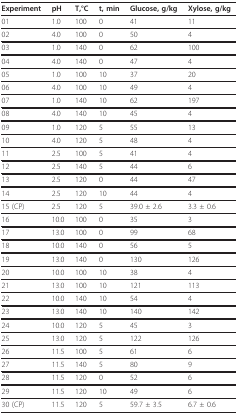
| Experiment | pH | T,°C | t, min | Glucose, g/kg | Xylose, g/kg |
 | --- | --- | --- | --- | --- | --- |
 | 01 | 1.0 | 100 | 0 | 41 | 11 |
 | 02 | 4.0 | 100 | 0 | 50 | 4 |
 | 03 | 1.0 | 140 | 0 | 62 | 100 |
 | 04 | 4.0 | 140 | 0 | 47 | 4 |
 | 05 | 1.0 | 100 | 10 | 37 | 20 |
 | 06 | 4.0 | 100 | 10 | 49 | 4 |
 | 07 | 1.0 | 140 | 10 | 62 | 197 |
 | 08 | 4.0 | 140 | 10 | 45 | 4 |
 | 09 | 1.0 | 120 | 5 | 55 | 13 |
 | 10 | 4.0 | 120 | 5 | 48 | 4 |
 | 11 | 2.5 | 100 | 5 | 41 | 4 |
 | 12 | 2.5 | 140 | 5 | 44 | 6 |
 | 13 | 2.5 | 120 | 0 | 44 | 47 |
 | 14 | 2.5 | 120 | 10 | 44 | 4 |
 | 15 (CP) | 2.5 | 120 | 5 | 39.0 ± 2.6 | 3.3 ± 0.6 |
 | 16 | 10.0 | 100 | 0 | 35 | 3 |
 | 17 | 13.0 | 100 | 0 | 99 | 68 |
 | 18 | 10.0 | 140 | 0 | 56 | 5 |
 | 19 | 13.0 | 140 | 0 | 130 | 126 |
 | 20 | 10.0 | 100 | 10 | 38 | 4 |
 | 21 | 13.0 | 100 | 10 | 121 | 113 |
 | 22 | 10.0 | 140 | 10 | 54 | 4 |
 | 23 | 13.0 | 140 | 10 | 140 | 142 |
 | 24 | 10.0 | 120 | 5 | 45 | 3 |
 | 25 | 13.0 | 120 | 5 | 122 | 126 |
 | 26 | 11.5 | 100 | 5 | 61 | 6 |
 | 27 | 11.5 | 140 | 5 | 80 | 9 |
 | 28 | 11.5 | 120 | 0 | 52 | 6 |
 | 29 | 11.5 | 120 | 10 | 49 | 6 |
 | 30 (CP) | 11.5 | 120 | 5 | 59.7 ± 3.5 | 6.7 ± 0.6 |